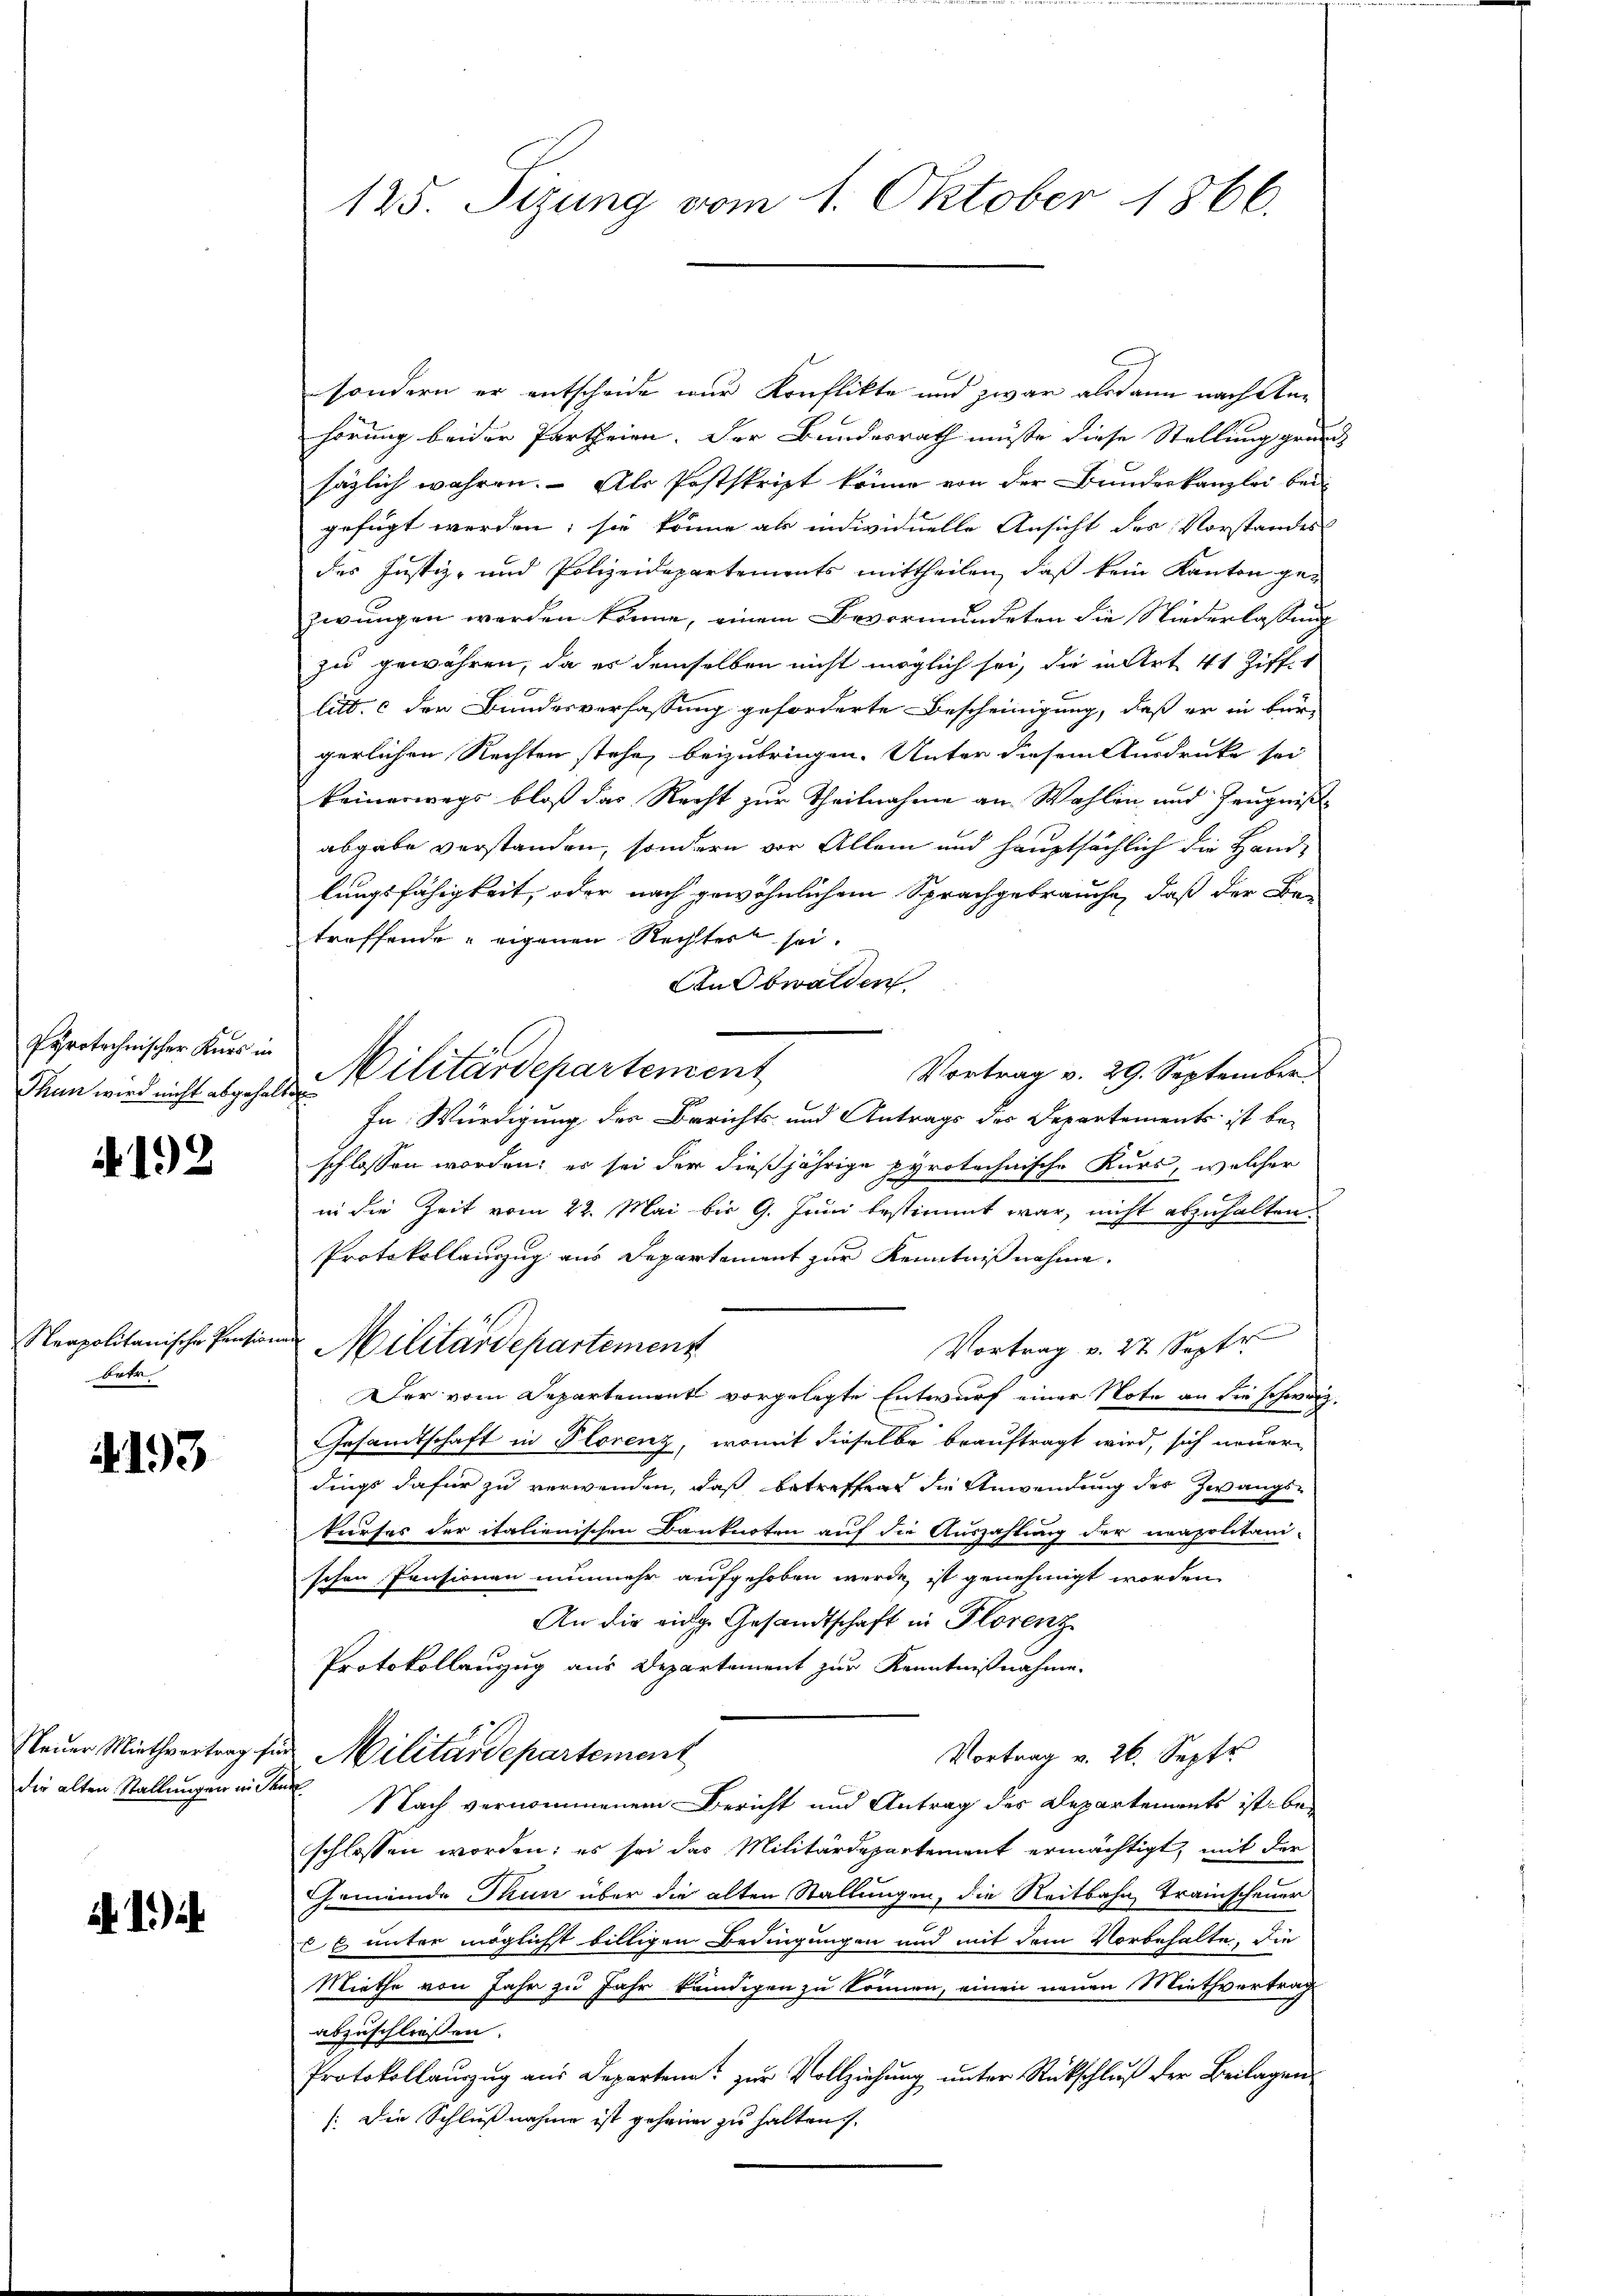
Pyrotechnischer Kars in
Thun wird nicht abgehalt

. 12

Neapolitanische Pension
botr

4193

Neuer Miethvertrag für
die alten Stallungen in dem

1.)

125. Sizung vom 1. Oktober 1866.

sondern er entscheide wir Konflikte und zwar alsdann nach Anhörung beider Partheien. Der Bundesrath müßte diese Stellung grund
säglich wahren. Als Postskript könne von der Bundeskanzlei bei
gefügt werden; sie könne als individuelle Ansicht des Vorstandes
des Justiz- und Polizeidepartements mittheilen, daß kein Kanton ge-
zwungen werden könne, einem Bevormundeten die Niederlaßung
zu gewähren, da es demselben nicht möglich sei, die in Art 41 Ziffer
litt. c der Bundesverfassung geforderte Bescheinigung, daß er in bürgerlichen Rechten stehe, beizubringen. Unter diesem Ausdrucke sei
keinerwegs bloß das Recht zur Theilnahme an Wahlen und Zeugnißabgabe verstanden, sondern vor Allem und hauptsächlich die Handlungsfähigkeit, oder nach gewöhnlichem Sprachgebrauche, daß der Be-
treffende eigenen Rechtert sei.
An Obwalden
Militärdepartement
Vortrag v. 29. September.
In Würdigung des Berichts und Antrags des Departements ist be-
schlossen worden; es sei der dießjährige pyrotechnische Kurs, welcher
in die Zeit vom 22. Mai bis 9. Juni bestimmt war, nicht abzuhalten.
Protokollauszug aus Departement zur Kenntnißnahme.
Vortrag v. 27. Sept.
Militärdepartement
Der vom Departement vorgelegte Entwurf einer Note an die schweiz.
Gesandtschaft in Florenz, womit dieselbe beauftragt wird, sich neuern
dings dafür zu verwenden, daß betreffend die Anwendung des Zwangs-
kurses der italienischen Banknoten auf die Auszahlung der neapolitani-
schen Pensionen nunmehr aufgehoben werde, ist genehmigt worden.
An die eige Gesandtschaft in Florenz
Protokollanzug aus Departement zur Kenntnißnahme.
Militärdepartement
Vortrag v. 26. Septe
. Nach vernommenem Bericht und Antrag des Departements ist beschlossen worden; es sei das Militärdepartement ermächtigt, mit der
Gemeinde Thun über die alten Stallungen, die Reitbahn, Trainscheuer
 unter möglicht billigen Bedingungen und mit dem Vorbehalte, die
Miethe von Jahr zu Jahr kundigen zu können, einen neuen Miethvertrag
abzuschliessen.
Protokollaŭszŭg aŭs Departen zŭr Vollziehŭng ŭnter Rückschlŭβ der Beilagen
/:Die Schlußnahme ist geheim zu halten.